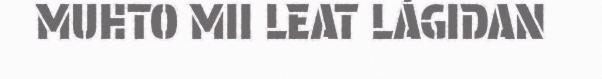
MUHTO MII LEAT LÁGIDAN